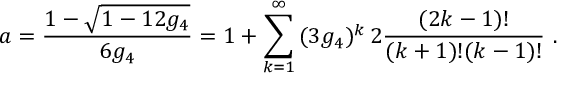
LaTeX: a = \frac { 1 - \sqrt { 1 - 1 2 g _ { 4 } } } { 6 g _ { 4 } } = 1 + \sum _ { k = 1 } ^ { \infty } \, ( 3 g _ { 4 } ) ^ { k } \, 2 \frac { ( 2 k - 1 ) ! } { ( k + 1 ) ! ( k - 1 ) ! } \ .